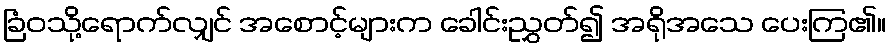
ခြံဝသို့ရောက်လျှင် အစောင့်များက ခေါင်းညွှတ်၍ အရိုအသေ ပေးကြ၏။